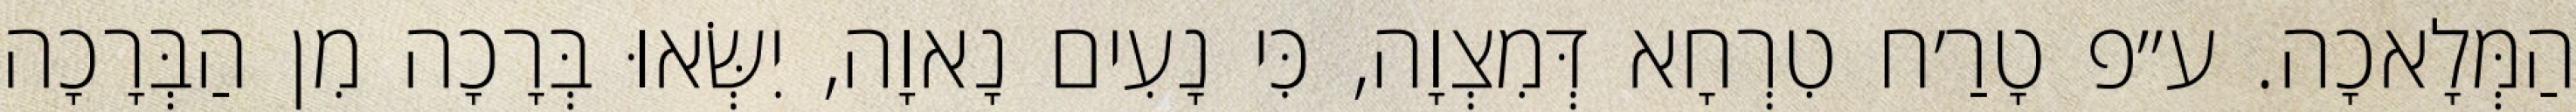
הַמְּלָאכָה. ע״פ טָרַ׳ח טִרְחָא דְּמִצְוָה, כִּי נָעִים נָאוָה, יִשְּׂאוּ בְּרָכָה מִן הַבְּרָכָה